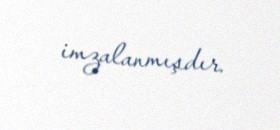
imzalanmışdır.